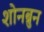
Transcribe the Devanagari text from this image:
शोनब्रुन